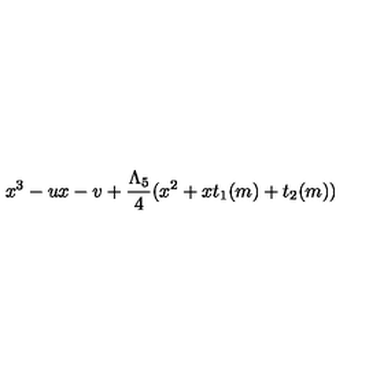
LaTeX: x ^ { 3 } - u x - v + { \frac { \Lambda _ { 5 } } { 4 } } ( x ^ { 2 } + x t _ { 1 } ( m ) + t _ { 2 } ( m ) )